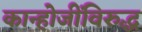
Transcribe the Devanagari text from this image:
कान्होजींविरुद्ध